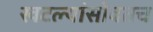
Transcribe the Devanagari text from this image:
खटल्यांसोबतच